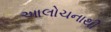
આલોચનાથી